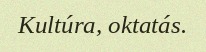
Kultúra, oktatás.